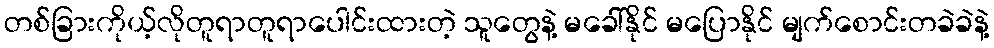
တစ်ခြားကိုယ့်လိုတူရာတူရာပေါင်းထားတဲ့ သူတွေနဲ့ မခေါ်နိုင် မပြောနိုင် မျက်စောင်းတခဲခဲနဲ့